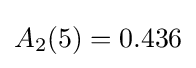
A_{2}(5)=0.436